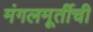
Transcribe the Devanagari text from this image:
मंगलमूर्तीची